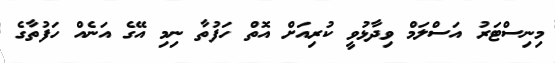
މިނިސްޓަރު އަސްލަމް ވިދާޅުވީ ކުރިއަށް އޮތް ހަފުތާ ނިމި އޭގެ އަނެއް ހަފުތާގެ